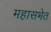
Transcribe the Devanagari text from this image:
महासभेत